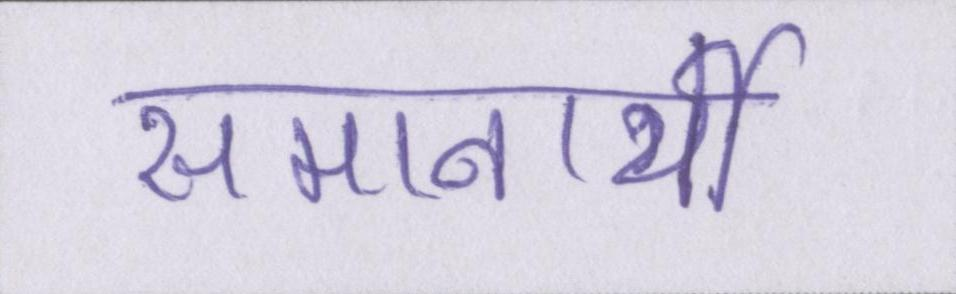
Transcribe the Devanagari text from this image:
समानार्थी